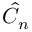
\hat { C } _ { n }